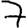
Digit: 7